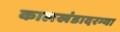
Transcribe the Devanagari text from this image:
कालखंडादरम्या